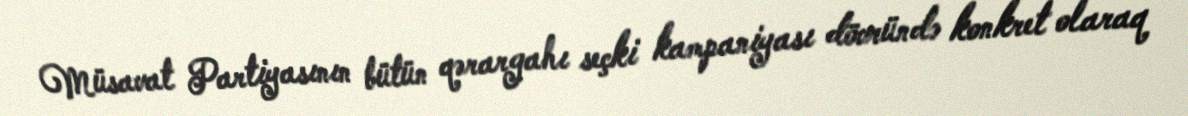
Müsavat Partiyasının bütün qərargahı seçki kampaniyası dövründə konkret olaraq